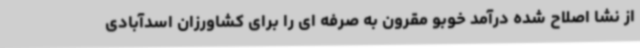
از نشا اصلاح شده درآمد خوبو مقرون به صرفه ای را برای کشاورزان اسدآبادی